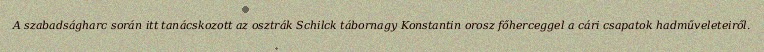
A szabadságharc során itt tanácskozott az osztrák Schilck tábornagy Konstantin orosz főherceggel a cári csapatok hadműveleteiről.